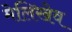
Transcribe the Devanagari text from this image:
मेलिखेव